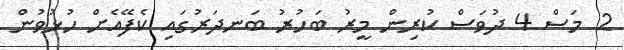
2 މަސް 4 ދުވަސް ކުރިން މީރު ބަހުރު ބަނދަރުގައި ކެފޭއެށް ހުޅުވުން